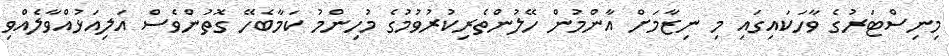
މިނިސްޓަރުގެ ވާހަކައިގައި މި ނިޒާމަށް އާންމުން ހޭލުންތެރިކުރުވުމުގެ މުހިންމު ކަމާބެހޭ ގޮތުންވެސް އަލިއަޅުއްވާލެއްވި